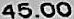
45.00